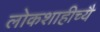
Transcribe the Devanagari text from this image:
लोकशाहीच्यै